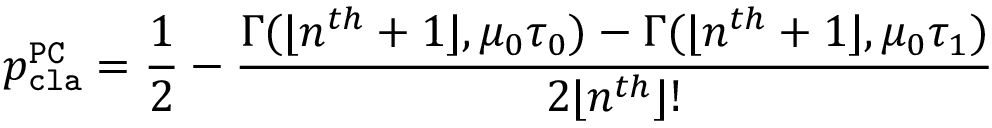
p _ { \mathtt { c l a } } ^ { \mathtt { P C } } = \frac { 1 } { 2 } - \frac { \Gamma ( \lfloor n ^ { t h } + 1 \rfloor , \mu _ { 0 } \tau _ { 0 } ) - \Gamma ( \lfloor n ^ { t h } + 1 \rfloor , \mu _ { 0 } \tau _ { 1 } ) } { 2 \lfloor n ^ { t h } \rfloor ! }